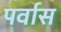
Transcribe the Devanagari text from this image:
पर्वास